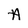
Character: A